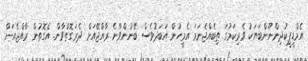
އެމްޑީޕީކުދިންނޫންބަޔަކު ވެރިކަމުގަ ތިބެއްޖެނަމަ އެމީހުން އަބަދުވެސް ބޭނުންވާނެ ރާއްޖޭއަށް ދެރަގޮތްވާން. އެގޮތުން ރާއްޖެއަށް